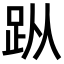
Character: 𧿛